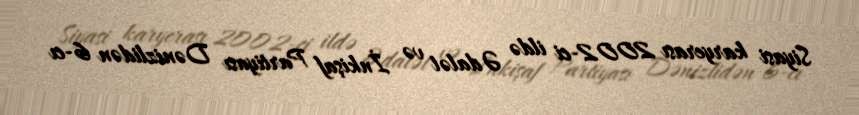
Siyasi karyerası 2002-ci ildə Ədalət və İnkişaf Partiyası Dənizlidən 6-cı